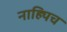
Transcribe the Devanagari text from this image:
नाह्यिच